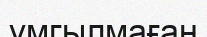
үмгылмаған